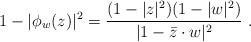
LaTeX: \begin{align*} 1-|\phi_w(z)|^2=\frac{(1-|z|^2) (1-|w|^2)}{|1-\bar z\cdot w|^2}\ .\end{align*}